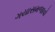
ગયાસમજાવો